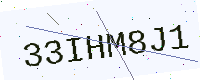
Text: 33IHM8J1